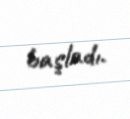
başladı.